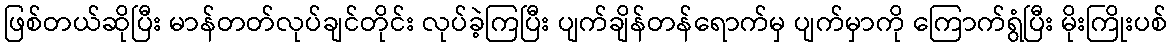
ဖြစ်တယ်ဆိုပြီး မာန်တတ်လုပ်ချင်တိုင်း လုပ်ခဲ့ကြပြီး ပျက်ချိန်တန်ရောက်မှ ပျက်မှာကို ကြောက်ရွံပြီး မိုးကြိုးပစ်